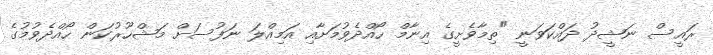
ރައީސް ނަޝީދު ދައްކަވަނީ "ތިމާވެށީގެ އިނާމް ހޯއްދެވުމަށާއި އަމިއްލަ ނަފުސަށް މަޝްހޫރުކަން ހޯއްދެވުމުގެ